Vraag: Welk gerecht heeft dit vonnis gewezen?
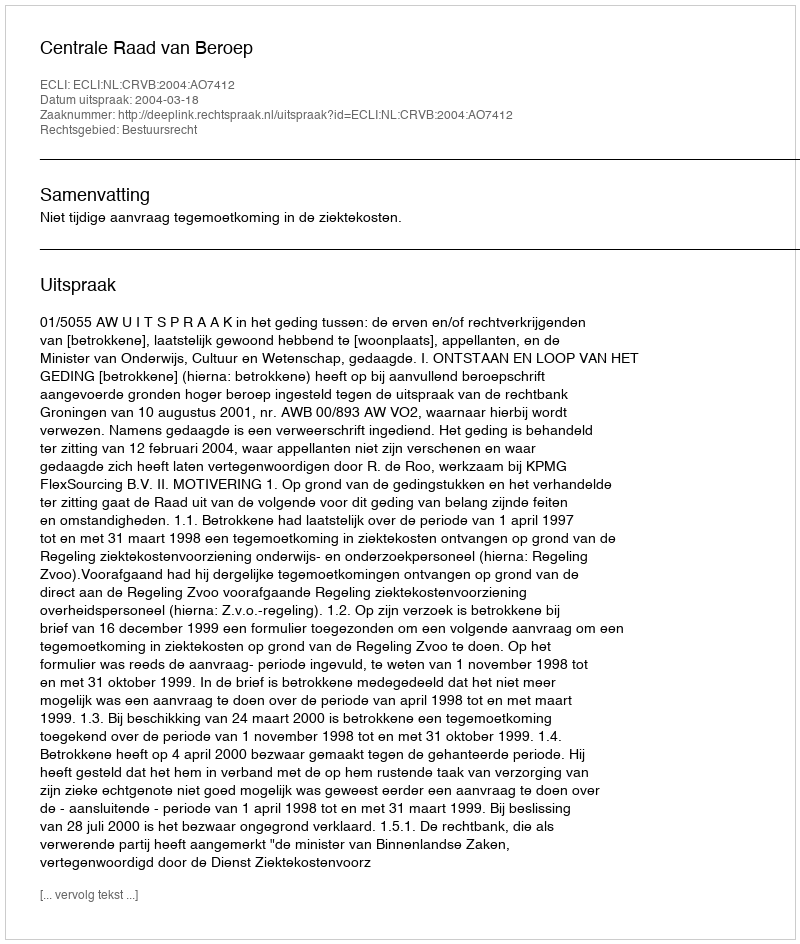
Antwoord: Centrale Raad van Beroep